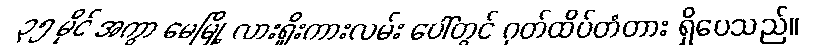
၃၅ မိုင် အကွာ မေမြို့ လားရှိုးကားလမ်း ပေါ်တွင် ဂုတ်ထိပ်တံတား ရှိပေသည်။